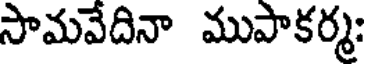
సామవేదినా ముపాకర్మ: